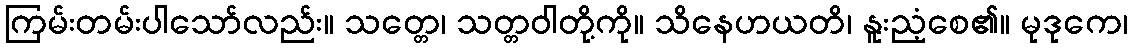
ကြမ်းတမ်းပါသော်လည်း။ သတ္တေ၊ သတ္တဝါတို့ကို။ သိနေဟယတိ၊ နူးညံ့စေ၏။ မုဒုကေ၊